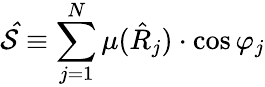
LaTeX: \mathcal{\hat{S}}\equiv\sum_{j=1}^{N}\mu(\hat{R}_{j})\cdot\cos\varphi_{j}